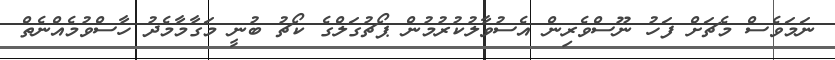
ނަމަވެސް މެޗަށް ފަހު ނޫސްވެރިން އެސުވާލުކުރުމުން ޕޯޗުގަލްގެ ކޯޗު ބުނީ މަގާމާމެދު ހާސްވުމެއްނެތް